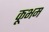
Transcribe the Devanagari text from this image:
कूभम